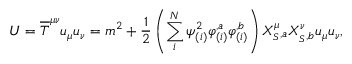
U = \overline { { T } } ^ { \mu \nu } u _ { \mu } u _ { \nu } = m ^ { 2 } + { \frac { 1 } { 2 } } \left( \sum _ { i } ^ { N } \psi _ { ( i ) } ^ { 2 } \varphi _ { ( i ) } ^ { , a } \varphi _ { ( i ) } ^ { , b } \right) X _ { _ { S } , a } ^ { \mu } X _ { _ { S } , b } ^ { \nu } u _ { \mu } u _ { \nu } ,